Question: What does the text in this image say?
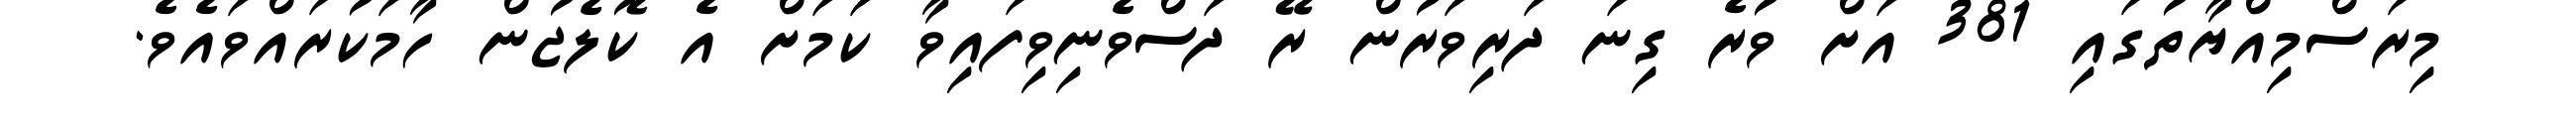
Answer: މިރަސްމިއްޔާތުގައި 381 އަށް ވުރެ ގިނަ ދަރިވަރުން ރޭ ދަސްވެނިވިފައިވާ ކަމަށް އެ ކޮލެޖުން ހާމަކުރައްވައެވެ.